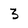
Character: 3